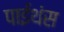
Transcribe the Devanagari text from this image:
पाईथंस